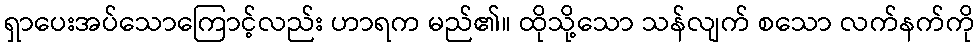
ရှာပေးအပ်သောကြောင့်လည်း ဟာရက မည်၏။ ထိုသို့သော သန်လျက် စသော လက်နက်ကို